system: You are a helpful assistant.
user:
Analyze the provided spectrum to determine if it is a **M-type Giant (gM)**.

A M-type Giant spectrum is defined by its **strong molecular absorption** features, particularly from **Titanium Oxide (TiO)**. You must check for one of the following mutually exclusive signatures:

- **Key Visual Indicators (Absorption-Dominated Spectrum):**

    - **(Primary):** The spectrum is dominated by strong molecular absorption from **Titanium Oxide (TiO)**. This is the **defining feature** of its M-type temperature class.
        - **(Key Bandheads):** Look for sharp, "saw-tooth" absorption valleys. The strongest are located near **~7050 Å**, **~6160 Å**, and **~5170 Å**.
        - **(Line Profile):** The "saw-tooth" morphology is critical: a **sharp, steep drop on the BLUE (short-wavelength) side** of the bandhead, followed by a gradual recovery (rising flux) towards the RED (long-wavelength) side.

    - **(Key Confirmation - Giant vs. Dwarf):** **ABSENCE** of strong **Calcium Hydride (CaH)** molecular bands. This is the primary diagnostic for *excluding* M-dwarfs.
        - **(Key Region):** The spectrum should lack the strong, broad absorption band seen in dwarfs between **~6800 Å and ~7000 Å**.

    - **(Secondary Confirmation - Giant):** A very strong and broad **Neutral Calcium (Ca I)** atomic absorption line.
        - **(Key Line):** Located at **~4226 Å**. In a giant (gM), this line is significantly deeper and broader than the same line in an M-dwarf (dM) due to low surface gravity.

    - **(Overall Spectrum):**
        - The continuum is **extremely red-sloping** (i.e., flux is very low in the blue and rises dramatically towards the red).
        - The entire spectrum appears "chopped up" by the deep TiO bands.

Think first, call **spectral_visualization_tool** if needed to examine features in detail, then provide your final answer. Your response must adhere to the following strict rules:
1.  **Overall Structure:** Your response must follow the format `<think>...</think> <tool_call>...</tool_call> (if a tool is used) <answer>...</answer>`.
2.  **Tool Usage Constraint:** You may only make **one** tool call per turn.
3.  **Final Answer Format:** In the `<answer>` tag, your conclusion must be inside a `\boxed{}` command (e.g., `\boxed{YES}` or `\boxed{NO}`), followed by your justification.

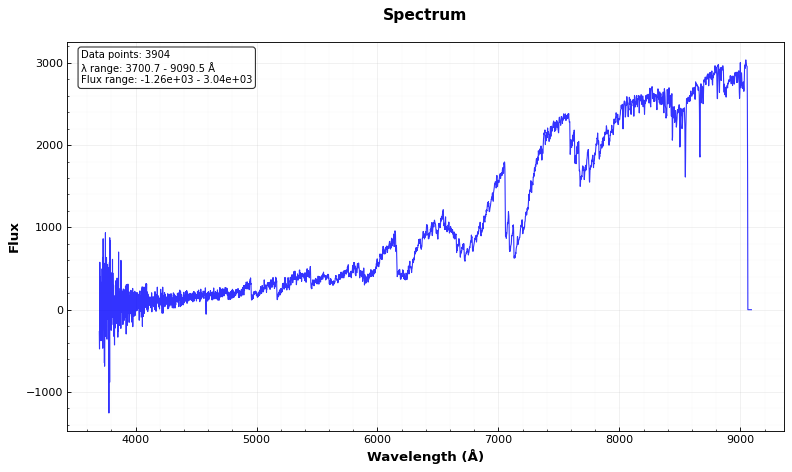
Answer: YES